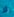
لا